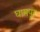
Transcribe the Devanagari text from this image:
घामपूर